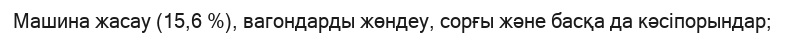
Машина жасау (15,6 %), вагондарды жөндеу, сорғы және басқа да кәсіпорындар;